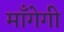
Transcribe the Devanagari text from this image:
माँगेगी